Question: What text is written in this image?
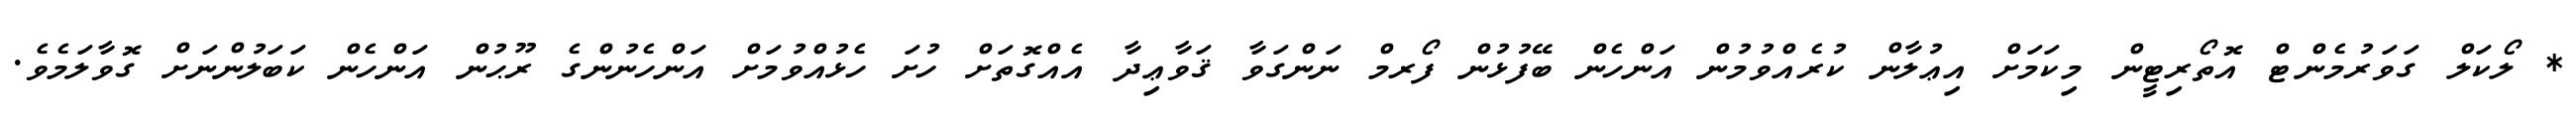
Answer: * ލޯކަލް ގަވަރުމެންޓް އޮތޯރިޓީން މިކަމަށް އިޢުލާން ކުރެއްވުމުން އަންހެން ބޭފުޅުން ފޯރމް ނަންގަވާ ޤަވާޢިދާ އެއްގޮތަށް ހުށަ ހެޅުއްވުމަށް އަންހެނުންގެ ރޫޙުން އަންހެން ކަބަލުންނަށް ގޮވާލަމެވެ.